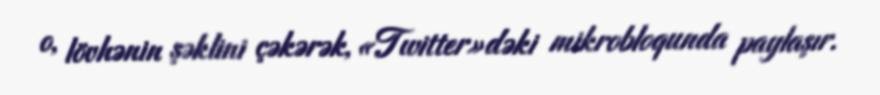
o, lövhənin şəklini çəkərək, «Twitter»dəki mikrobloqunda paylaşır.